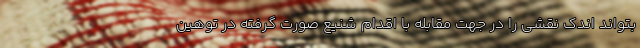
بتواند اندک نقشی را در جهت مقابله با اقدام شنیع صورت گرفته در توهین